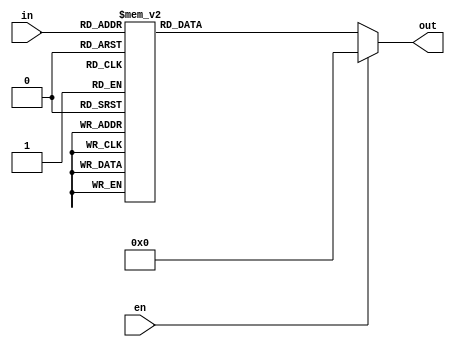
module decoder3to8 (out,in,en);
  input [2:0] in;
  input en;
  output reg [7:0] out;
  always @(in or en)
  begin
    if (en)
      out = 8'b0;
    else
      case (in)
        3'b000 : out = 8'b 00000001;
        3'b001 : out = 8'b 00000010;
        3'b010 : out = 8'b 00000100;
        3'b011 : out = 8'b 00001000;
        3'b100 : out = 8'b 00010000;
        3'b101 : out = 8'b 00100000;
        3'b110 : out = 8'b 01000000;
        3'b111 : out = 8'b 10000000;
    endcase
  end  
endmodule